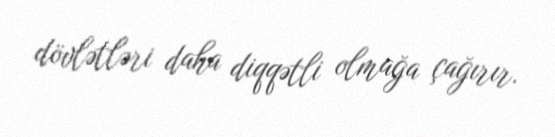
dövlətləri daha diqqətli olmağa çağırır.